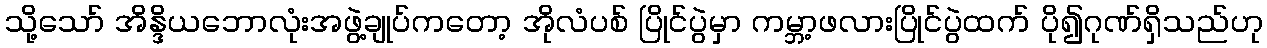
သို့သော် အိန္ဒိယဘောလုံးအဖွဲ့ချုပ်ကတော့ အိုလံပစ် ပြိုင်ပွဲမှာ ကမ္ဘာ့ဖလားပြိုင်ပွဲထက် ပို၍ဂုဏ်ရှိသည်ဟု